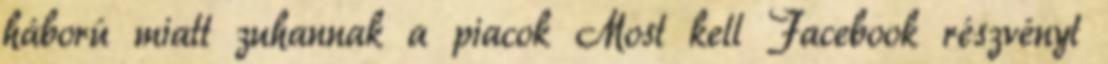
háború miatt zuhannak a piacok Most kell Facebook részvényt